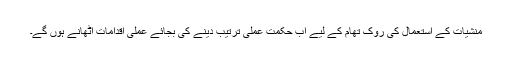
منشیات کے استعمال کی روک تھام کے لیے اب حکمت عملی ترتیب دینے کی بجائے عملی اقدامات اٹھانے ہوں گے۔